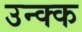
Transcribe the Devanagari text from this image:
उन्क्क